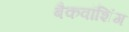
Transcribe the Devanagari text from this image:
बैकवॉशिंग